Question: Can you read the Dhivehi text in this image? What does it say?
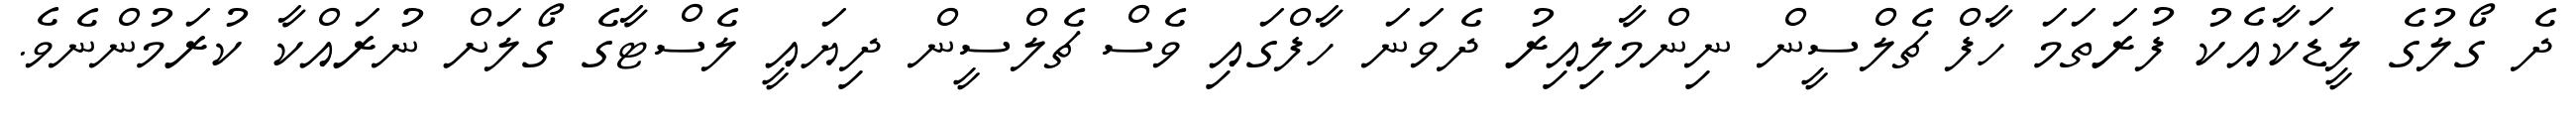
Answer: ދެ ގޯލުގެ ލީޑަކާއެކު ފުރަތަމަ ހާފް ޗެލްސީން ނިންމާލިއިރު ދެވަނަ ހާފްގައި ވެސް ޗެލްސީން ދިޔައީ ލެސްޓާގެ ގޯލަށް ނުރައްކާ ކުރަމުންނެވެ.